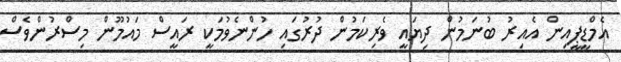
އެމްޑީޕީއިން އެއިރު ބުނަމުން ދިޔައީ ވެރިކަމުން ދުރުގައި ހުންނެވުމަކީ ރައީސް މައުމޫން މިސްރުންވެސް